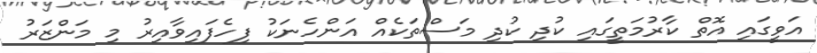
އަވީގައި އޮތް ކާރުމަތީގައި ކުދި ކުދި މަސްތަކެއް އަންހެނަކު ފިހެފައިވާއިރު މި މަންޒަރު